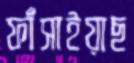
ফাঁসাইয়াছ